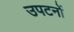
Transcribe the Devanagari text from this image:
उपटनों